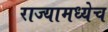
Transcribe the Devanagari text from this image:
राज्यामध्येच